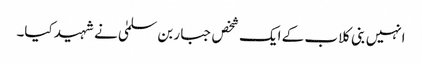
انہیں بنی کلاب کے ایک شخص جبار بن سلمیٰ نے شہید کیا۔